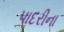
પાદરીના